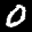
Label: 0